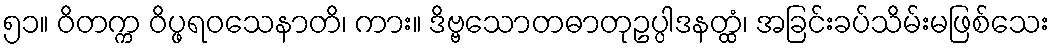
၅၁။ ဝိတက္က ဝိပ္ဖရဝသေနာတိ၊ ကား။ ဒိဗ္ဗသောတဓာတုဥပ္ပါဒနတ္ထံ၊ အခြင်းခပ်သိမ်းမဖြစ်သေး